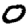
Digit: 0